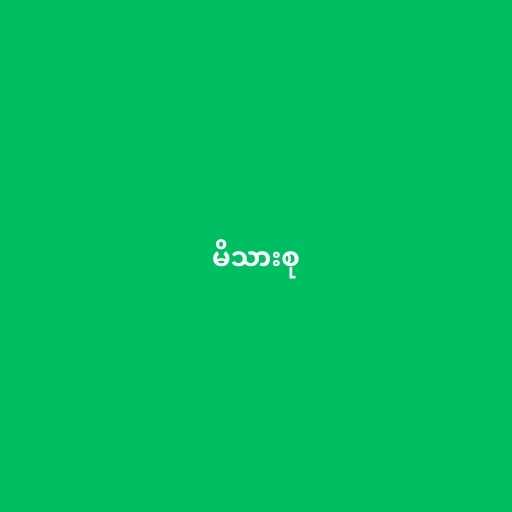
မိသားစု